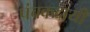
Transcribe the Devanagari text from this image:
पंचकदायी